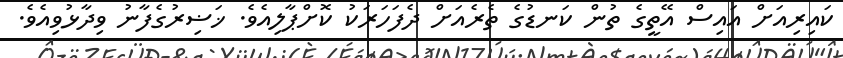
ކައިރިއަށް އައިސް އޭތީގެ ތުން ކަނޑުގެ ތެރެއަށް ދެފަހަރަކު ކޮށްޕާލިއެވެ. ޚަޟިރުގެފާނު ވިދާޅުވިއެވެ.